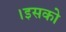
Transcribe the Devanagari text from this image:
।इसको